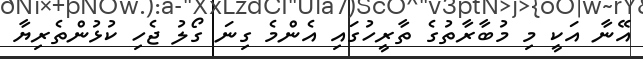
އޭނާ އަކީ މި މުބާރާތުގެ ތާރީހުގައި އެންމެ ގިނަ ގޯލު ޖެހި ކުޅުންތެރިޔާ